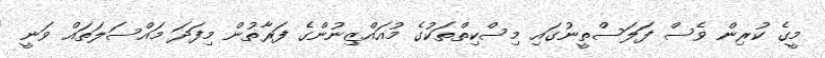
މީގެ ކުރިން ވެސް ފަލަސްތީނުގައި މިސްކިތްތަކުގެ މުއައްޒިނުންގެ ފަރާތުން މިފަދަ މައްސަލަތައް ވަނީ